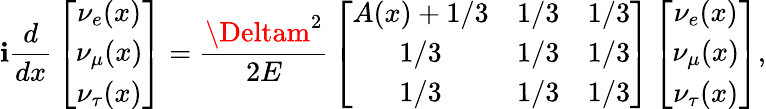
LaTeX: \mathbf{i}{\frac{{d}}{{dx}}}\left[\begin{array}{c}{{\nu_{e}(x)}}\\ {{\nu_{\mu}(x)}}\\ {{\nu_{\tau}(x)}}\end{array}\right]={\frac{{\Deltam^{2}}}{{2E}}}\left[\begin{array}{ccc}{{A(x)+1/3}}&{{1/3}}&{{1/3}}\\ {{1/3}}&{{1/3}}&{{1/3}}\\ {{1/3}}&{{1/3}}&{{1/3}}\end{array}\right]\left[\begin{array}{c}{{\nu_{e}(x)}}\\ {{\nu_{\mu}(x)}}\\ {{\nu_{\tau}(x)}}\end{array}\right],